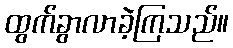
ထွက်ခွာလာခဲ့ကြသည်။